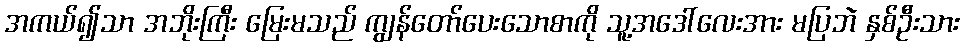
အကယ်၍သာ အဘိုးကြီး မြေးမသည် ကျွန်တော်ပေးသောစာကို သူ့အဒေါ်လေးအား မပြဘဲ နှစ်ဦးသား